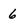
Character: 6